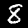
Label: 8